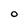
Character: O